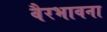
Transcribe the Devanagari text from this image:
वैरभावना